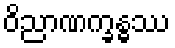
ဝိညာဏက္ခန္ဓဿ